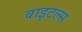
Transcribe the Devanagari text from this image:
वाइटल्स